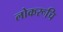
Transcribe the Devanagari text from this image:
लोकरूचि